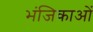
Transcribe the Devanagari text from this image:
भंजिकाओं